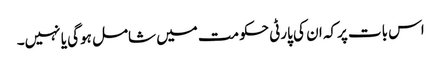
اس بات پرکہ ان کی پارٹی حکومت میں شامل ہوگی یا نہیں۔